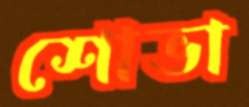
শোভা